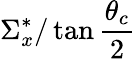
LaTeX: \Sigma_{x}^{*}/\tan\frac{\theta_{c}}{2}